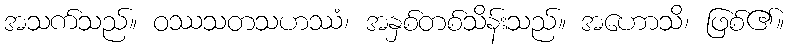
အသက်သည်။ ဝဿသတသဟဿံ၊ အနှစ်တစ်သိန်းသည်။ အဟောသိ၊ ဖြစ်၏။